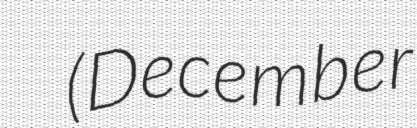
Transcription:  (December